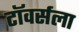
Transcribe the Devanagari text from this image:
टॉवर्सला